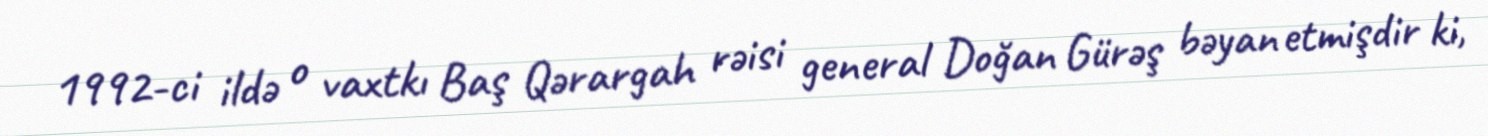
1992-ci ildə o vaxtkı Baş Qərargah rəisi general Doğan Gürəş bəyan etmişdir ki,